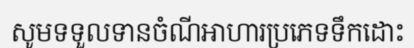
សូមទទួលទានចំណីអាហារប្រភេទទឹកដោះ